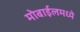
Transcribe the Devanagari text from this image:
मोबाईलमध्ये